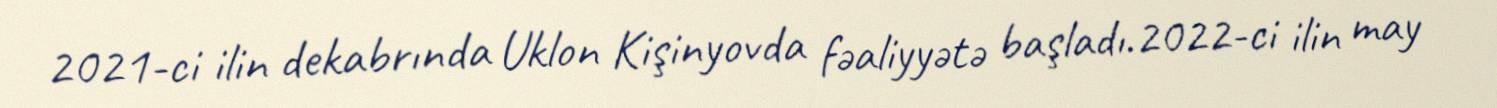
2021-ci ilin dekabrında Uklon Kişinyovda fəaliyyətə başladı.2022-ci ilin may